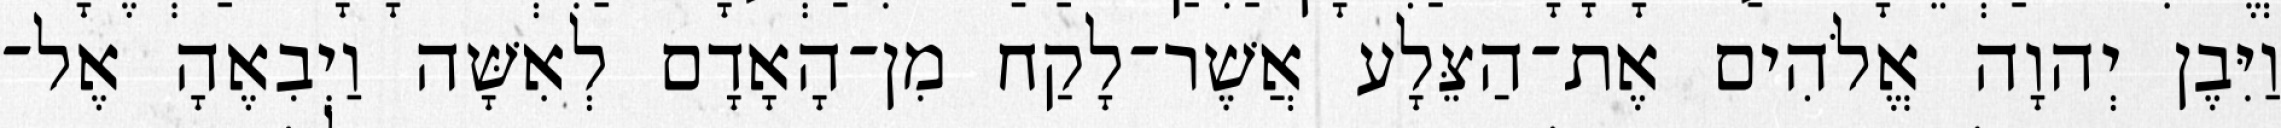
וַיִּבֶן יְהוָה אֱלֹהִים אֶת־הַצֵּלָע אֲשֶׁר־לָקַח מִן־הָאָדָם לְאִשָּׁה וַיְבִאֶהָ אֶל־